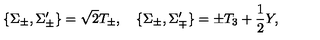
\{ \Sigma _ { \pm } , \Sigma _ { \pm } ^ { \prime } \} = \sqrt { 2 } T _ { \pm } , \quad \{ \Sigma _ { \pm } , \Sigma _ { \mp } ^ { \prime } \} = \pm T _ { 3 } + \frac { 1 } { 2 } Y ,